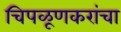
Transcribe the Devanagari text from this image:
चिपळूणकरांचा